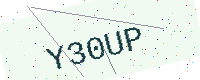
Text: Y30UP